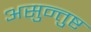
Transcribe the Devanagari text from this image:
असुन्तुष्ट